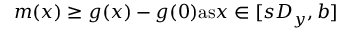
m ( x ) \geq g ( x ) - g ( 0 ) { \mathrm { a s } } x \in [ s D _ { y } , b ]